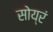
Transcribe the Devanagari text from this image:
सोय्रं